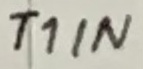
Text: T1IN